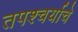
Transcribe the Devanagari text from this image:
तपश्चर्याचे